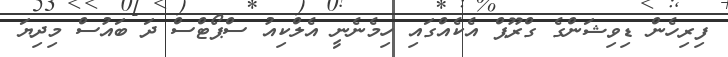
ފިރިހެން ޑިވިޝަންގެ ގްރޫޕް އެކެއްގައި ހިމެނެނީ އެލްކިއު ސްޕޯޓްސް ދަ ބައުސް މިިދިޔަ